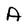
Character: A